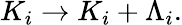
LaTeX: K_{i}\rightarrow K_{i}+\Lambda_{i}.